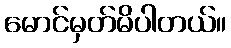
မောင်မှတ်မိပါတယ်။